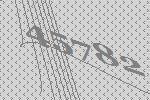
45782